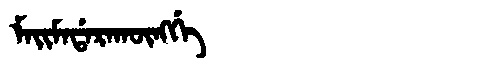
Manchu: ᠮᠠᡳᠮᠠᡩᠠᡵᠠᡴᡡᠩᡤᡝ
Romanization: MAIMADARAKŪNGGE